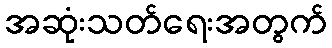
အဆုံးသတ်ရေးအတွက်